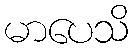
မာပေသိ